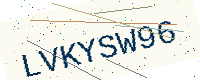
Text: LVKYSW96